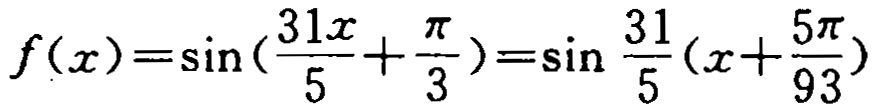
\(f(x)=\sin(\frac{31x}{5}+\frac{\pi}{3})=\sin \frac{31}{5}(x+\frac{5\pi}{93})\)